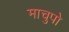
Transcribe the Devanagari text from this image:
माचुपो